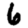
Digit: 6